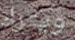
ويترك